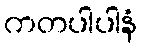
ကတပါပါနံ